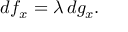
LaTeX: d f _ { x } = \lambda \, d g _ { x } .